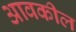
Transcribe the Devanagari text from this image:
आवकील